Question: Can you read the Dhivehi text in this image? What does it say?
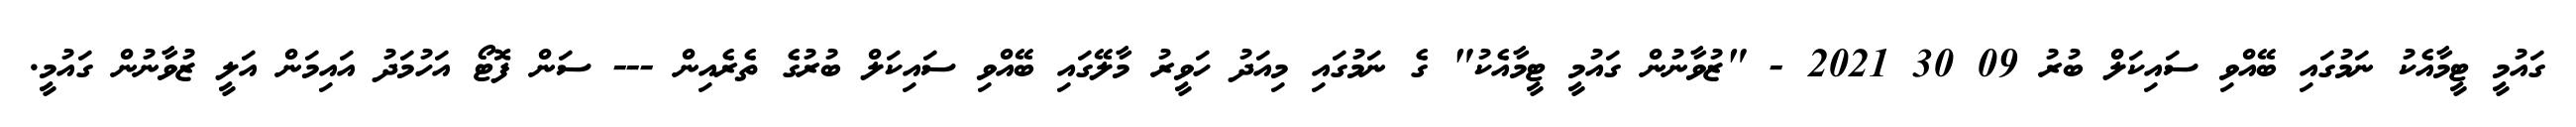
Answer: ގައުމީ ޓީމާއެކު ނަމުގައި ބޭއްވި ސައިކަލް ބުރު 09 30 2021 - "ޒުވާނުން ގައުމީ ޓީމާއެކު" ގެ ނަމުގައި މިއަދު ހަވީރު މާލޭގައި ބޭއްވި ސައިކަލް ބުރުގެ ތެރެއިން --- ސަން ފޮޓޯ އަހުމަދު އައިމަން އަލީ ޒުވާނުން ގައުމީ.